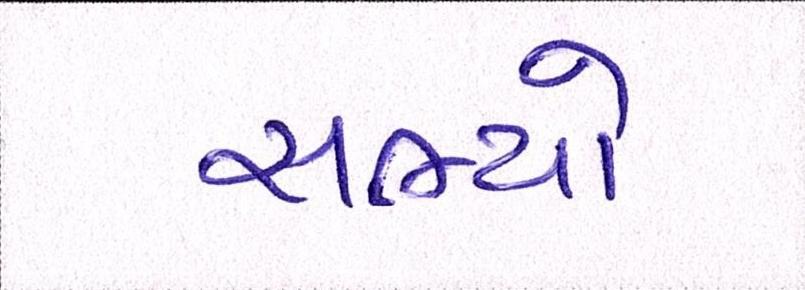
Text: સભ્યો